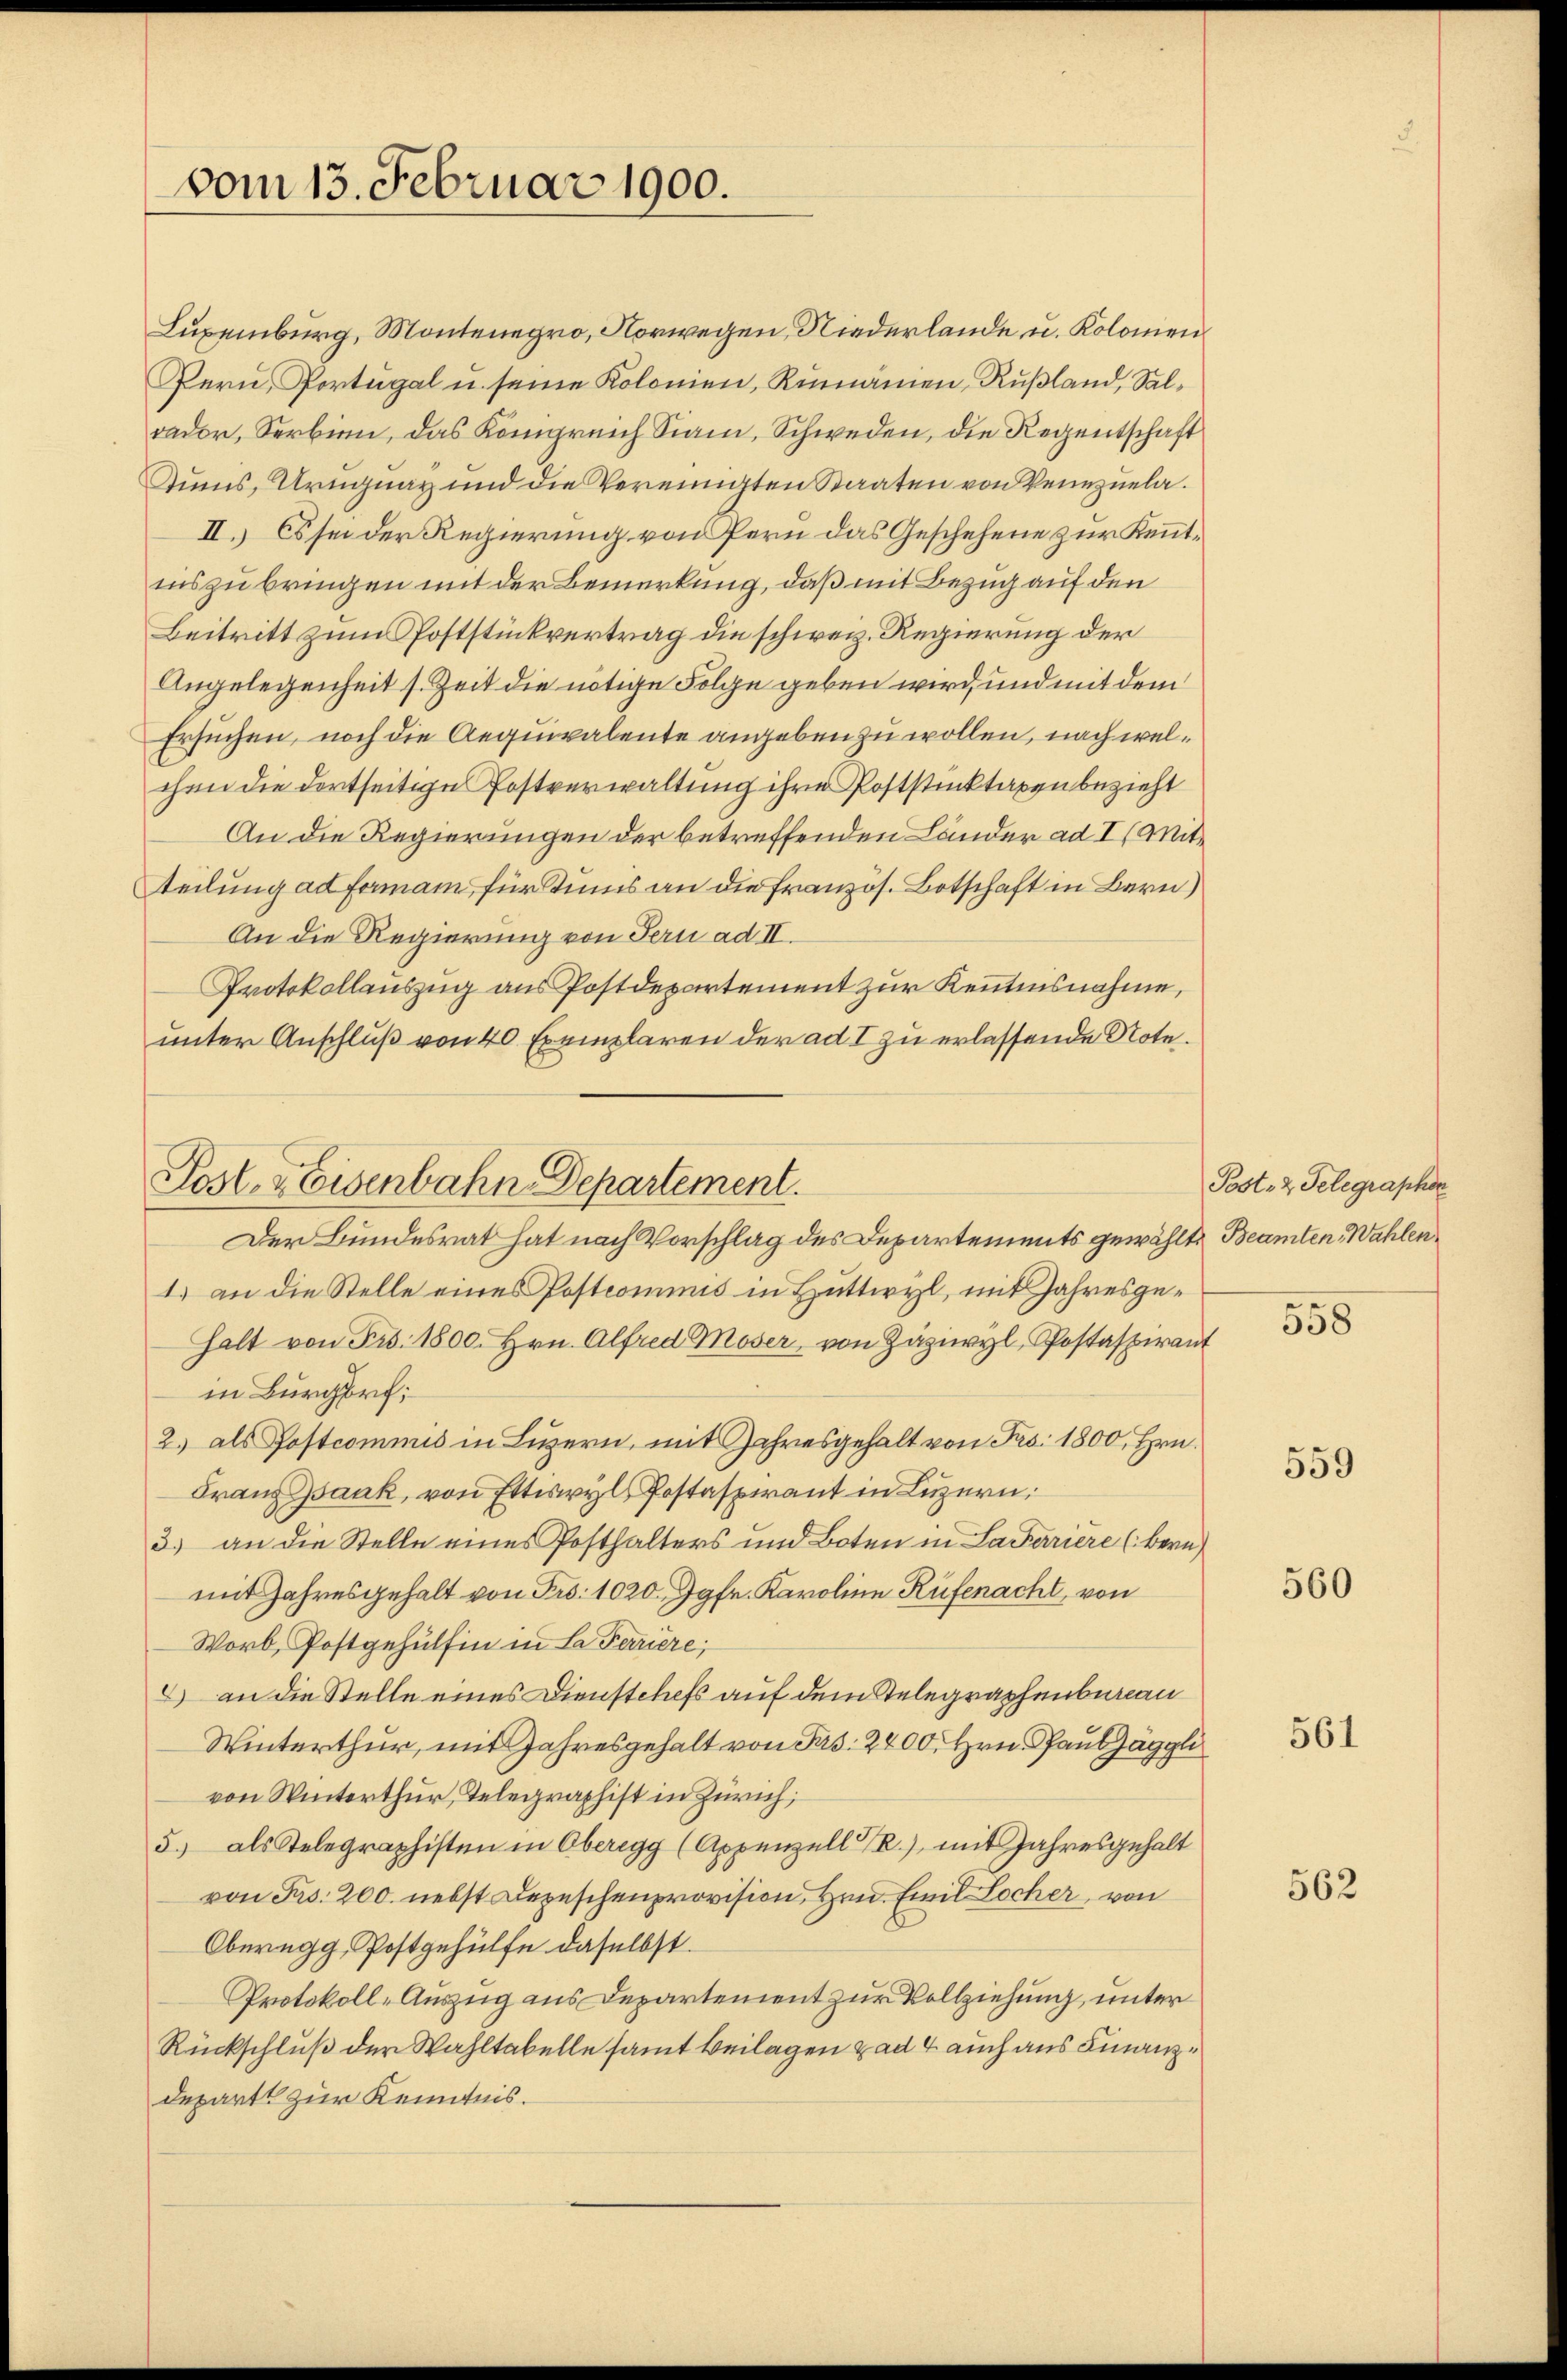
vom 13. Februar 1900.

Tums, Uruguay und die Vereinigten Staaten von Vernuela¬
II. Es sei der Regierung von Pern das Geschehene zur Kenntinszubringen mit der Bemerkung, daß mit Bezug auf den
Beitritt zum Poststückvertrag die schweiz. Regierung der
Angelegenheit s. Zeit die nötige Folge geben wird, und mit dem
Ersuchen, noch die Aequivalente angeben zu wollen, nach welchen die dortseitige Postverwaltung ihre Poststücktaxen bezieht
An die Regierungen der betreffenden Länder ad I (Mitteilung ad Forman für Stunis an die französ. Botschaft in Bern)
An die Regierung von Fern ad II.
Protokollenszug aus Postdepartement zur Kenntnisnahme,
unter Anschluß von 40 Exemplaren der ad I zu erlassende Note.
Der Bundesrat hat nach Vorschlag des Departements gewählte Beamten Wahlen¬
1. an die Stelle eines Postcommis in Huttwyl, mit Jahresge¬
Halt von Frs. 1800. Hrn. Alfred Moser, von Zäziwyl, Postaspirant
in Burgorf;
2.) als Postcommis in Luzern, mit Jahresgehalt von Frs. 1800, Hrn.
Franz sank, von Ettwyl Postaspirant in Luzern,
3.) an die Stelle eines Posthalters und Boten in La Parriere (Bern)
mit Jahresgehalt von Frs. 1020 Jgfr. Karoline Rüfenacht, von
Worb, Postgehülfen in La Feriere;
2) an die Stelle eines Dienstchefs auf dem Stelegraphenbureau
Winterthur, mit Jahresgehalt von Frs. 2400. Hrn. Pauläggli
von Winterthur, Delegraphist in Zürich;
5.) als Telegraphisten in Oberegg (Appenzell I/R.), mit Jahresgehalt
von Frs. 200. nebst Depeschenprovision, Hrn. Emil Locher, von
Oberegg, Postgehülfe daselbst.
Protokoll-Auszug aus Departement zur Vollziehung, unter
Rückschluß der Wahltabelle samt Beilagen ad 4 auch aus Finanzdepart zur Kenntnis.

Post- & Eisenbahn Departement.

Luxenburg, Montenegro, Norwegen, Niederlande u. Kolomen
Pern, Portugal u. seine Kolonien, Rumänien, Rußland, Salrador, Serbien, das Königreich Siani, Schweden, die Regentschaft

Post- & Gelegrapher

558

559

560

561

562